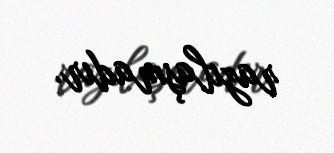
razılaşmadır.